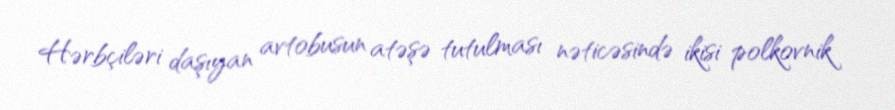
Hərbçiləri daşıyan avtobusun atəşə tutulması nəticəsində ikisi polkovnik